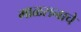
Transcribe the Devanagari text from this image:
माळरानाचे